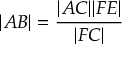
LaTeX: | A B | = { \frac { | A C | | F E | } { | F C | } }